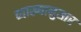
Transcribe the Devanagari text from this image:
व्याख्यानुसार